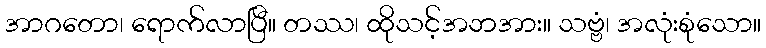
အာဂတော၊ ရောက်လာပြီ။ တဿ၊ ထိုသင့်အဘအား။ သဗ္ဗံ၊ အလုံးစုံသော။